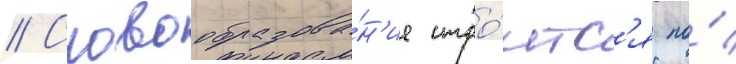
// Словообразова́н'ие стро́итс'я по́